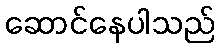
ဆောင်နေပါသည်